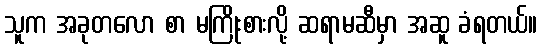
သူက အခုတလော စာ မကြိုးစားလို့ ဆရာမဆီမှာ အဆူ ခံရတယ်။